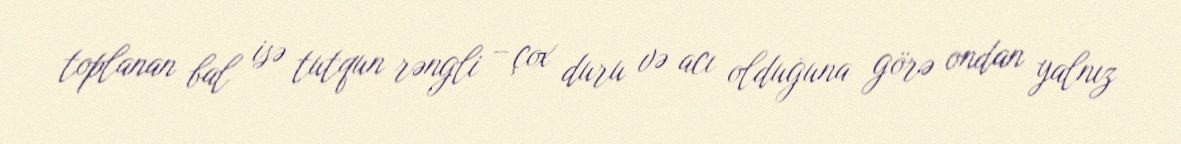
toplanan bal isə tutqun rəngli – çox duru və acı olduğuna görə ondan yalnız